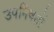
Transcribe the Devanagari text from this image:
उपनिषतों